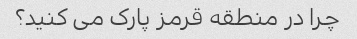
چرا در منطقه قرمز پارک می کنید؟